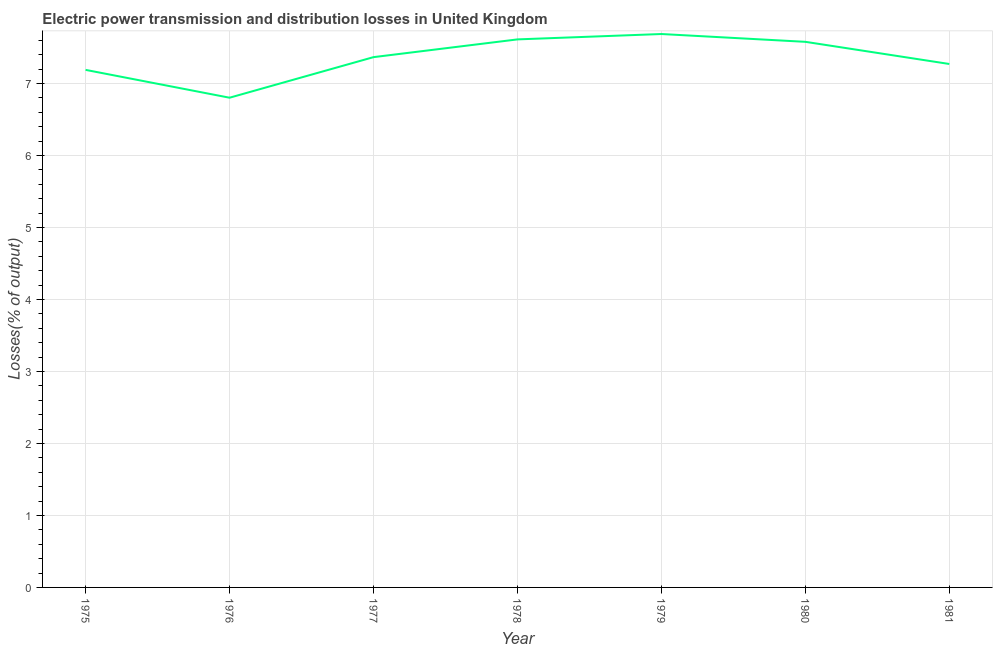
| Year | Electric power transmission and distribution losses |
 | --- | --- |
 | 1975 | 7.19 |
 | 1976 | 6.8 |
 | 1977 | 7.37 |
 | 1978 | 7.61 |
 | 1979 | 7.69 |
 | 1980 | 7.58 |
 | 1981 | 7.27 |